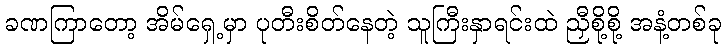
ခဏကြာတော့ အိမ်ရှေ့မှာ ပုတီးစိတ်နေတဲ့ သူကြီးနှာရင်းထဲ ညှီစို့စို့ အနံ့တစ်ခု